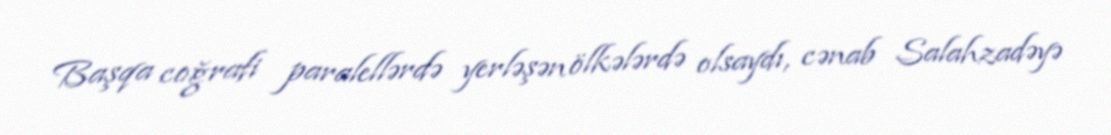
Başqa coğrafi paralellərdə yerləşən ölkələrdə olsaydı, cənab Salahzadəyə